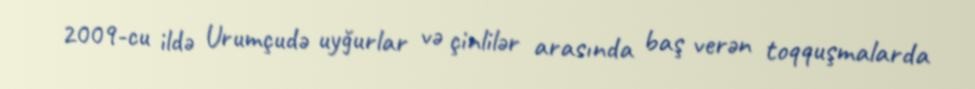
2009-cu ildə Urumçudə uyğurlar və çinlilər arasında baş verən toqquşmalarda